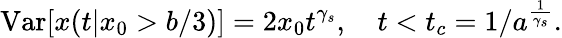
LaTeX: \mathrm{Var}[x(t|x_{0}>b/3)]=2x_{0}t^{\gamma_{s}},\quad t<t_{c}=1/a^{\frac{1}{\gamma_{s}}}.